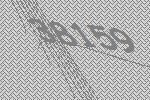
38159